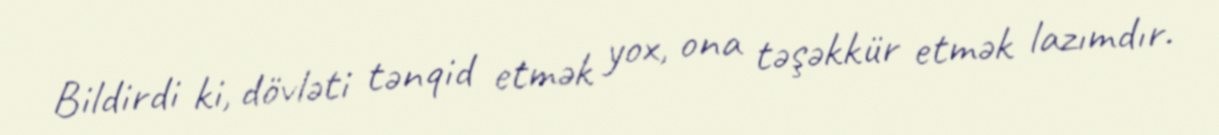
Bildirdi ki, dövləti tənqid etmək yox, ona təşəkkür etmək lazımdır.